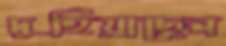
দুহিয়াছেন